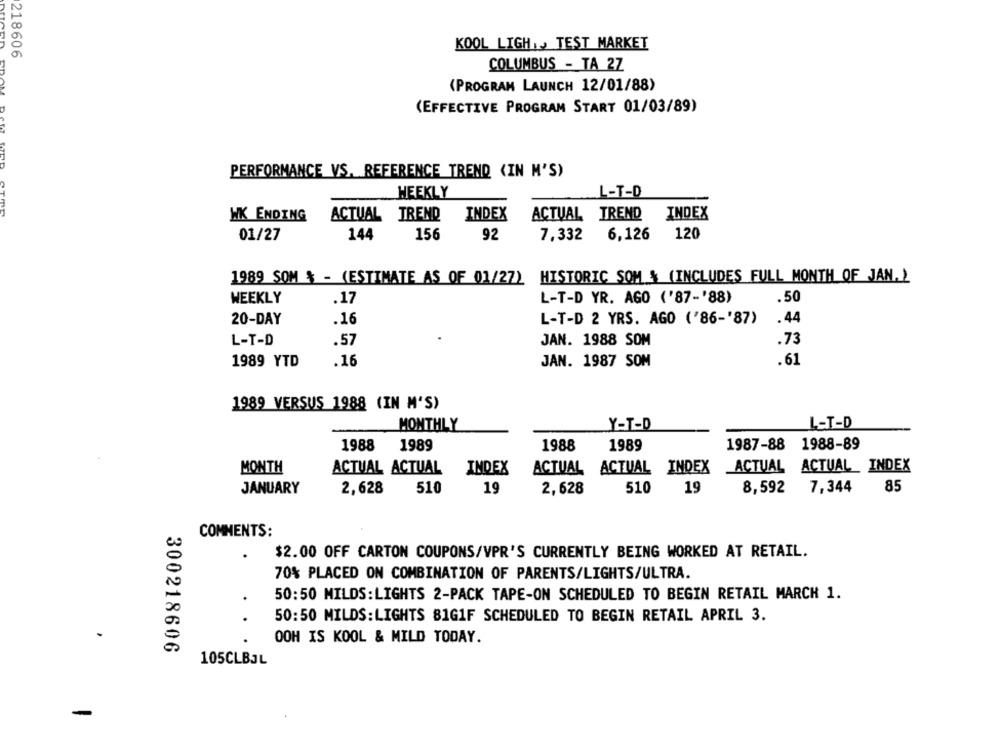
KOOL LIGH .. TEST MARKET
218606
COLUMBUS - TA 2Z
(PROGRAM LAUNCH 12/01/88)
(EFFECTIVE PROGRAM START 01/03/89)
PERFORMANCE VS. REFERENCE TREND (IN M'S)
WEEKLY
L-T-D
WK ENDING
ACTUAL TREND
INDEX
ACTUAL TREND INDEX
01/27
144
156
92
7,332
6,126
120
1989 SOM $ - (ESTIMATE AS OF 01/27) HISTORIC SOM & (INCLUDES FULL MONTH OF JAN. )
WEEKLY
.17
L-T-D YR. AGO ('87-'88)
.50
20-DAY
.16
L-T-D 2 YRS. AGO ('86-'87)
.44
L-T-D
.57
JAN. 1988 SOM
.73
.61
1989 YTD
.16
JAN. 1987 SOM
1989 VERSUS 1988 (IN M'S)
MONTHLY
Y-T-D
L-T-D
1988
1989
1988
1989
1987-88 1988-89
MONTH
ACTUAL ACTUAL
INDEX
ACTUAL ACTUAL INDEX ACTUAL ACTUAL_ INDEX
85
JANUARY
2,628
510
19
2,628
510
19
8,592
7,344
COMMENTS:
.
$2.00 OFF CARTON COUPONS/VPR'S CURRENTLY BEING WORKED AT RETAIL.
70% PLACED ON COMBINATION OF PARENTS/LIGHTS/ULTRA.
50:50 MILDS:LIGHTS 2-PACK TAPE-ON SCHEDULED TO BEGIN RETAIL MARCH 1.
..
50:50 MILDS: LIGHTS 81G1F SCHEDULED TO BEGIN RETAIL APRIL 3.
OOH IS KOOL & MILD TODAY.
300218606
105CLBJL
-